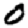
Digit: 0